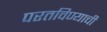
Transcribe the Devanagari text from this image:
परतविण्याची